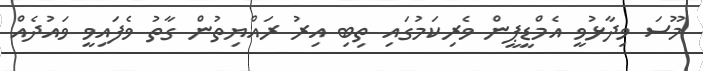
މޫސަ ވިދާޅުވީ އެމްޑީޕީން ވެރިކަމުގައި ތިބި އިރު ރައްޔިތުން ގާތު ވެފައިވީ ވައުދެއް